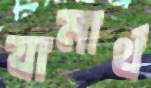
যামার্থ